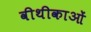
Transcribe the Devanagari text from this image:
वीथीकाओं